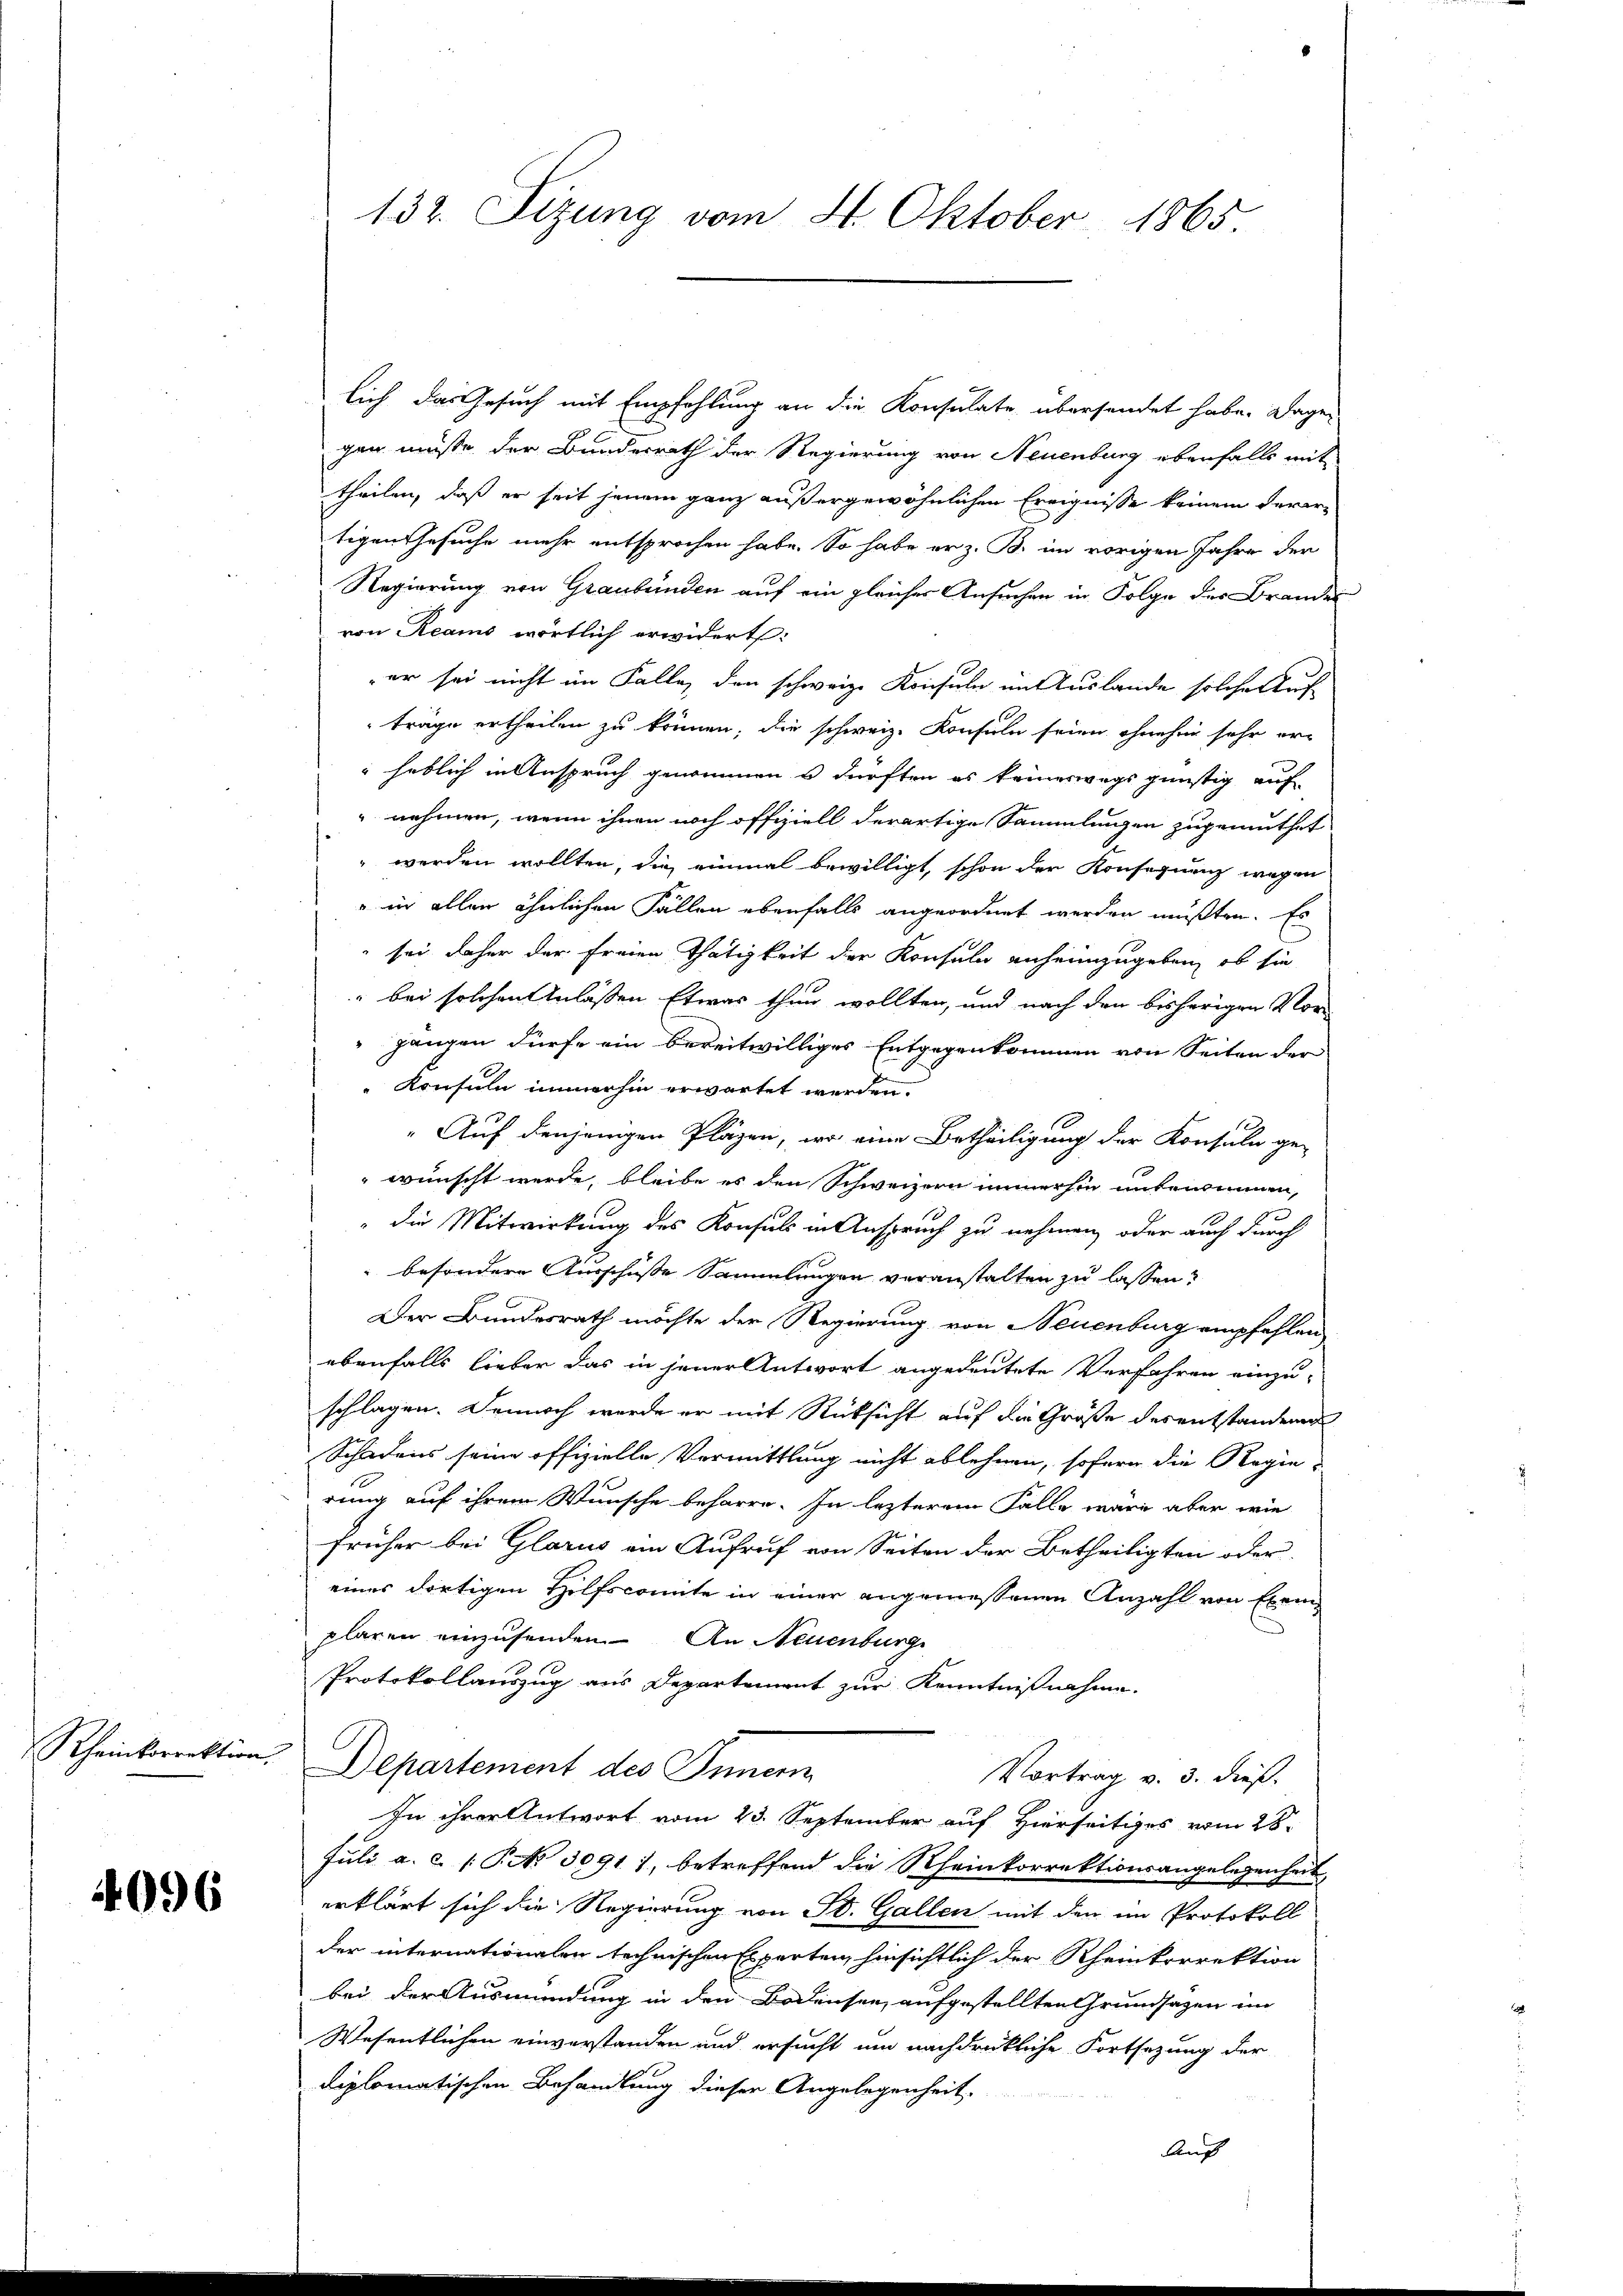
Rheinkorrektion.

4096

lich das Gesuch mit Empfehlung an die Konsulate, übersendet habe. Dage-
6
gen müsse der Bundesrath der Regierung von Neuenburg ebenfalls mit
theilen, daß er seit jenem ganz außergewöhnlichen Ereignisse keinem derer
tigen Gesuche mehr entsprochen habe. So habe er z. B. im vorigen Jahre der
Regierung von Graubünden auf ein gleicher Ansuchen in Folge des Brandes
von Reams wörtlich erwidert:
er sei nicht im Falle, den schweiz. Konsuln in Auslande solche Auf
träge ertheilen zu können, die schweiz. Konsuln seien ohnehin sehr erheblich in Anspruch genommen u dürften es keineswegs günstig auf
nehmen, wenn ihnen noch offiziell derartige Sammlungen zugemuthet
 werden wollten, die einmal bewilligt, schon der Konsequenz wegen
" in allen ähnlichen Fällen ebenfalls angeordnet werden mußten. Es
sei daher der freien Thätigkeit der Konsuln anheimzugeben, ob sie
" bei solchen Anlassen Etwas thun wollten, und nach den bisherigen Vorgangen dürfe ein bereitwilliges Entgegenkommen von Seiten der
Konsuln immerhin erwartet werden.
„Auf denjenigen Pläzen, wo eine Betheiligung der Konsula ge-
wünscht werde, bleibe es den Schweizern immerhin unbenommen,
" die Mitwirkung des Konsuls in Anspruch zu nehmen, oder auch durch
 besondere Ausschusse Sammlungen veranstalten zu lassen?
Der Bundesrath möchte der Regierung von Neuenburg empfehlen
ebenfalls lieber das in jener Antwort angedeutete Verfahren einzu-
schlagen. Dennoch werde er mit Rücksicht auf die Größe des entstandenen
Schadens seine offizielle Vormittlung nicht ablehnen, sofern die Regie-
rung auf ihrem Wunsche beharre. In lezterem Falle wäre aber wie
früher bei Glarus ein Aufruf von Seiten der Betheiligten oder
eines dortigen Hilfscomite in einer angemessenen Anzahl von Exemplaren einzusenden. An Neuenburg
Protokollauszug aus Departement zur Kenntnißnahme.
Departement des Innern
Vortrag v. 3. dieß.
In ihrer Antwort vom 23. September auf Hierseitiges vom 28.
Juli a.c. (P No 30911, betreffend die Rheinkorrektionsangelegenheit,
erklärt sich die Regierung von St. Gallen mit den im Protokoll
der internationalen technischen Experten, hinsichtlich der Rheinkorrektion
bei der Ausmündung in den Bodensen, aufgestellten Grundsatzen im
Wesentlichen einverstanden und ersucht um nachdrükliche Fortsetzung der
diplomatischen Behandlung dieser Angelegenheit.
Auf

132. Sizung vom 4. Oktober 1865.